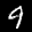
Label: 9